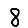
Digit: 8